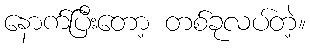
နောက်ပြီးတော့ တစ်ခုလပ်တဲ့။